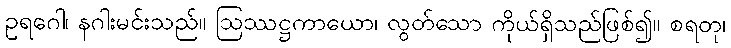
ဥရဂေါ၊ နဂါးမင်းသည်။ ဩဿဋ္ဌကာယော၊ လွတ်သော ကိုယ်ရှိသည်ဖြစ်၍။ စရတု၊